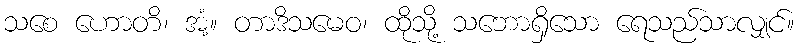
သစေ ဟောတိ၊ အံ့။ တာဒိသမေဝ၊ ထိုသို့ သဘောရှိသော ရေသည်သာလျှင်။